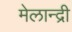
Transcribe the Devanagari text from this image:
मेलान्द्री